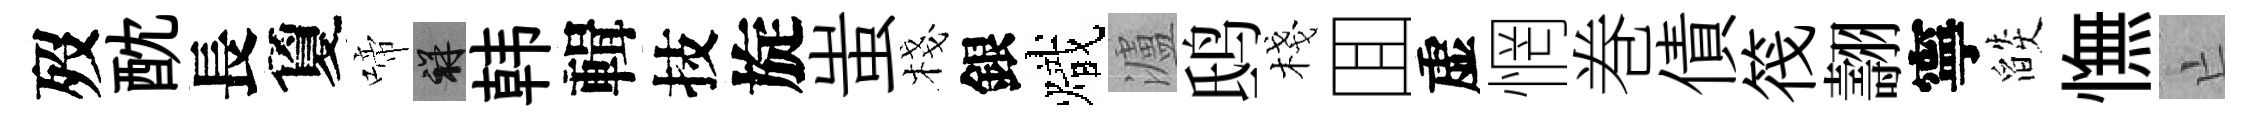
歿酖長夐啼祥韩輯技旋蚩棧銀熾瀘鸱棧囬虚惘巻債筏翿寧燄憮亡